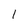
Character: 1